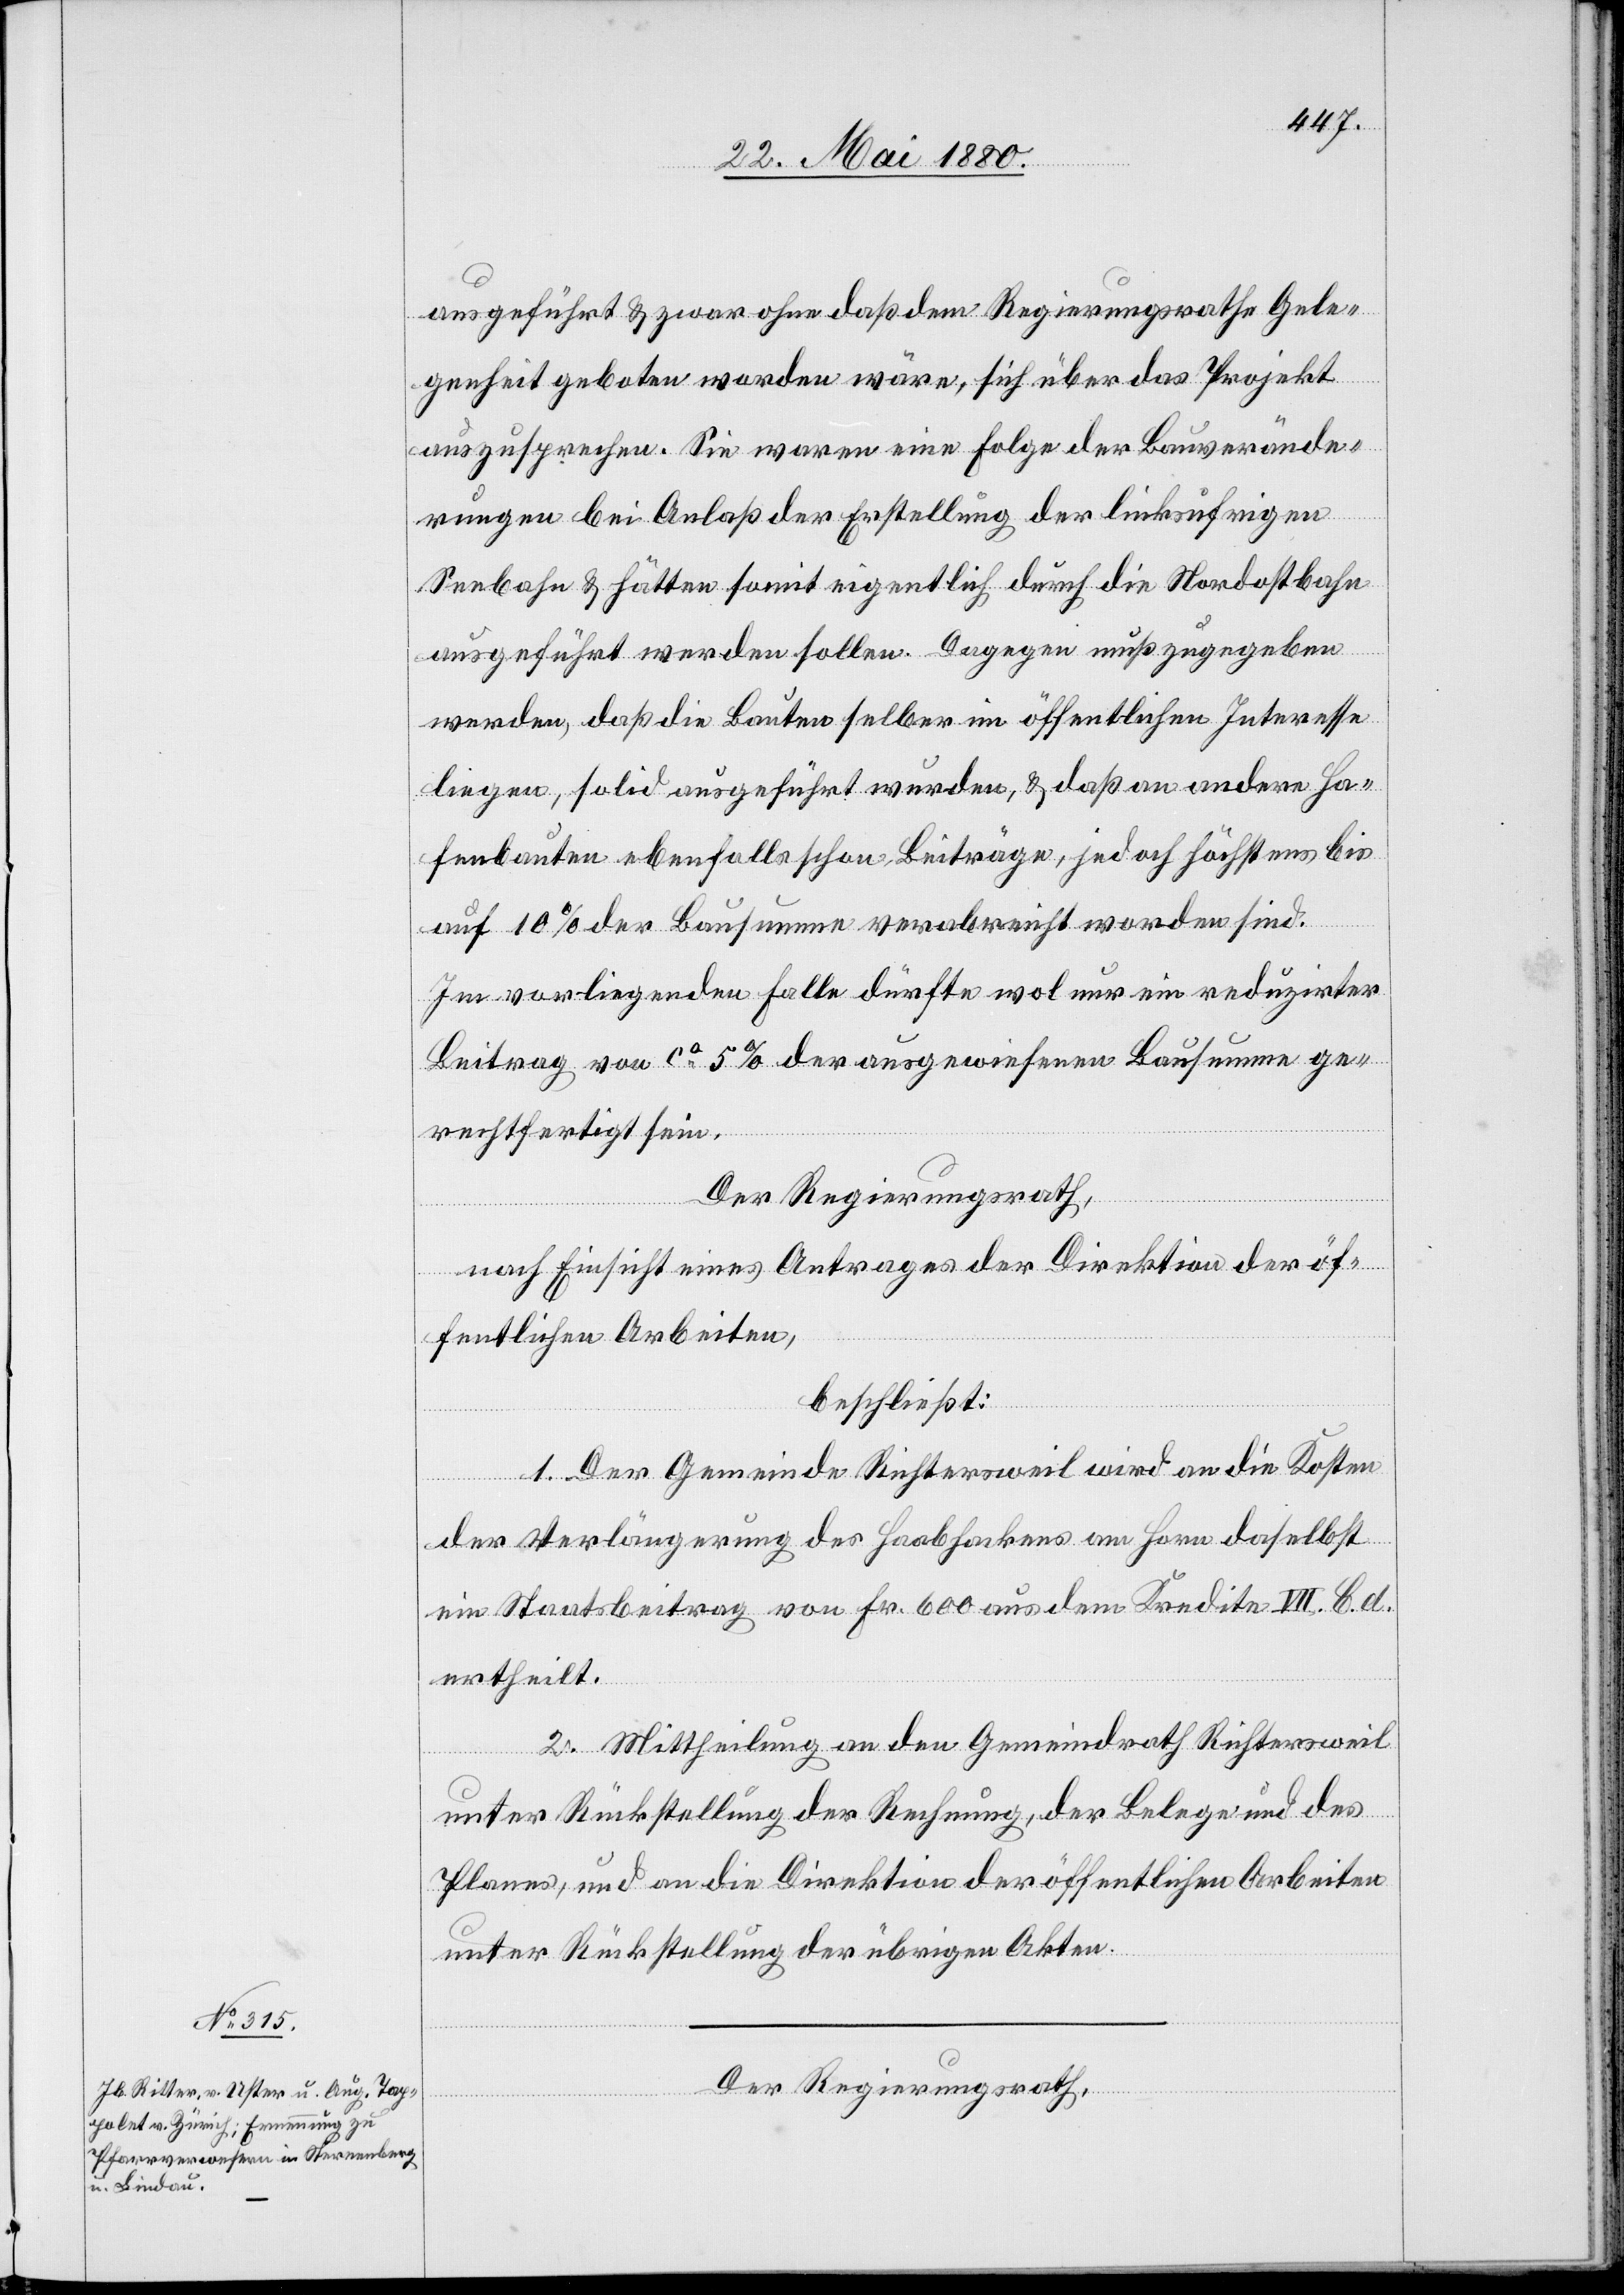
ausgeführt & zwar ohne daß dem Regierungsrathe Gele¬
genheit geboten worden wäre, sich über das Projekt
auszusprechen. Sie waren eine Folge der Bauverände¬
rungen bei Anlaß der Erstellung der linksufrigen
Seebahn & hätten somit eigentlich durch die Nordostbahn
ausgeführt werden sollen. Dagegen muß zugegeben
werden, daß die Bauten selber im öffentlichen Interesse
liegen, solid ausgeführt wurden, & das an andere Ha¬
fenbauten ebenfalls schon Beiträge, jedoch höchstens bis
auf 10% der Bausumme verabreicht worden sind.
Im vorliegenden Falle dürfte wol nur ein reduzirter
Beitrag von ca 5% der ausgewiesenen Bausumme ge¬
rechtfertigt sein.
Der Regierungsrath,
nach Einsicht eines Antrages der Direktion der öf¬
fentlichen Arbeiten,
beschließt:
1. Der Gemeinde Richtersweil wird an die Kosten
der Verlängerung des Haabhakens am Horn daselbst
ein Staatsbeitrag von Fr. 600 aus dem Kredite VII. C. d.
ertheilt.
2. Mittheilung an den Gemeindrath Richtersweil
unter Rückstellung der Rechnung, der Belege und des
Planes, und an die Direktion der öffentlichen Arbeiten
unter Rückstellung der übrigen Akten.
Der Regierungsrath,